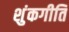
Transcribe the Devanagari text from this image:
शुंकगीति